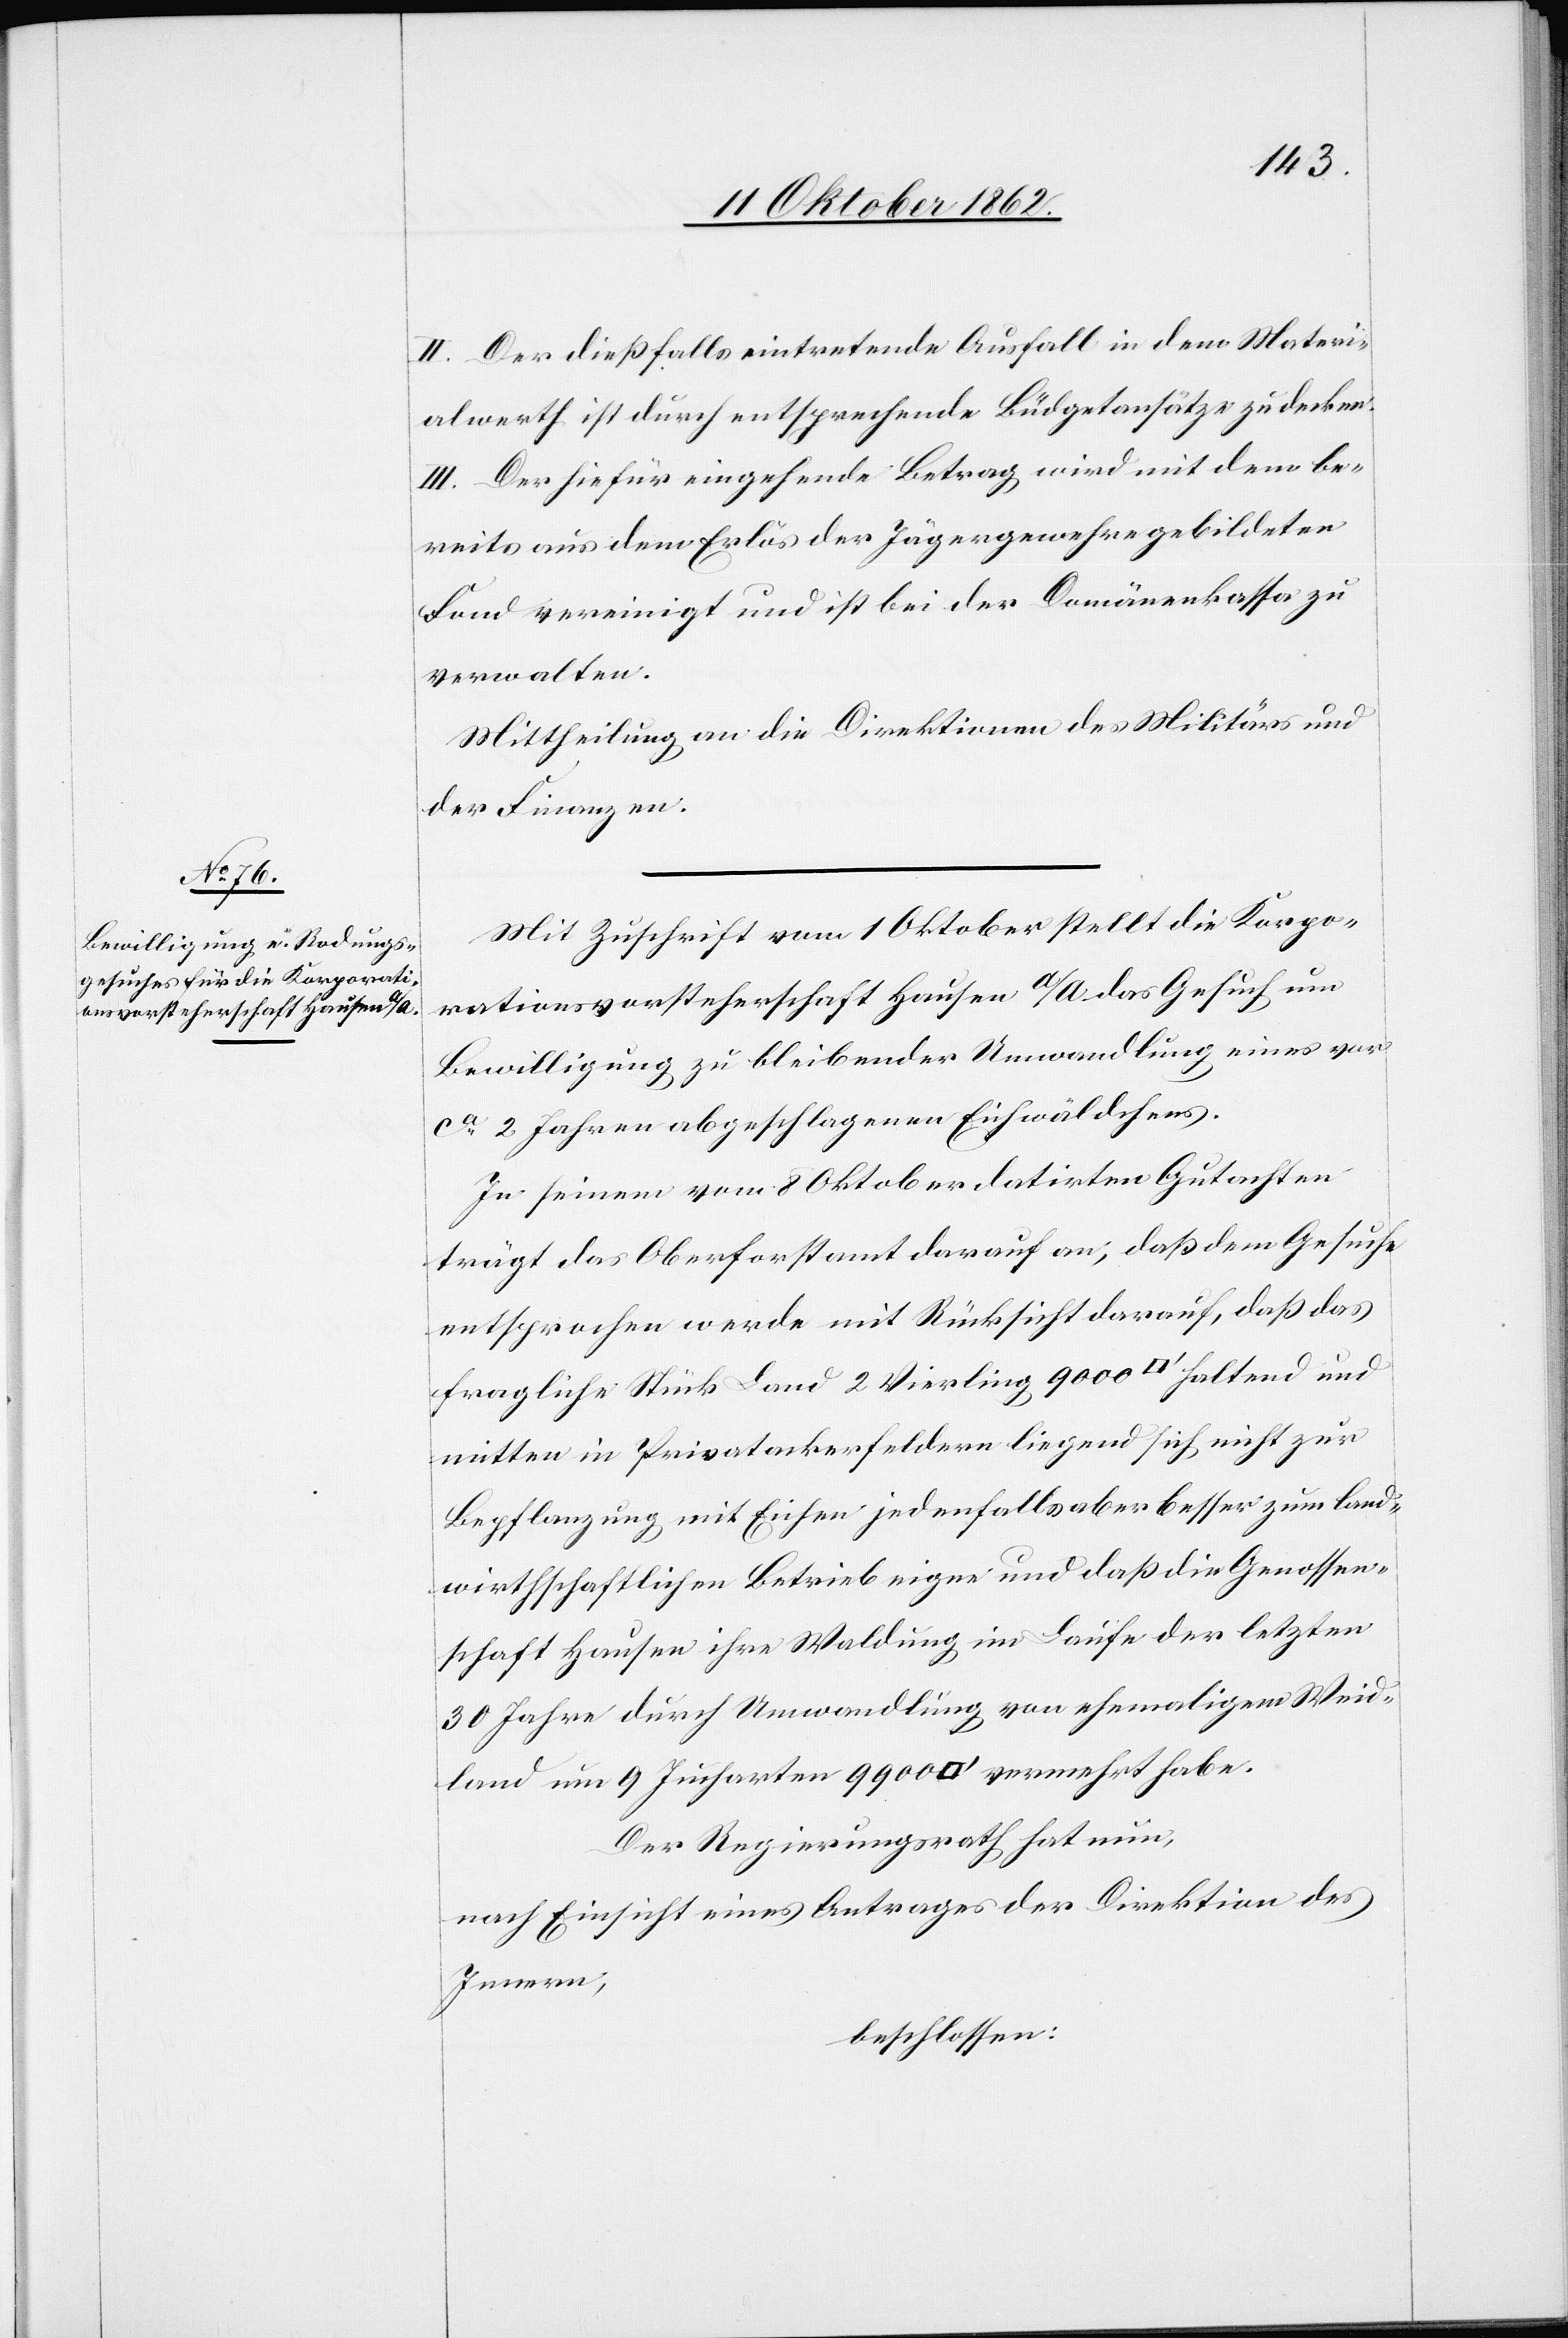
II. Der dießfalls eintretende Ausfall in dem Materi¬
alwerth ist durch entsprechende Büdgetsätze zu decken.
III. Der hiefür eingehende Betrag wird mit dem be¬
reits aus dem Erlös der Jägergewehre gebildeten
Fond vereinigt und ist bei der Domänenkassa zu
verwalten.
Mittheilung an die Direktionen des Militärs und
der Finanzen.
Mit Zuschrift vom 1. Oktober stellt die Korpo¬
rationsvorsteherschaft Hausen a/A. das Gesuch um
Bewilligung zu bleibender Umwandlung eines vor
ca 2 Jahren abgeschlagenen Eichwäldchens.
In seinem vom 8. Oktober datirten Gutachten
trägt das Oberforstamt darauf an, daß dem Gesuche
entsprochen wird mit Rücksicht darauf, daß das
fragliche Stück Land 2 Vierling 9000 [Quadratfuß] haltend und
mitten in Privatackerfeldern liegend sich nicht zur
Bepflanzung mit Eichen jedenfalls aber besser zum land¬
wirthschaftlichen Betrieb eigne und daß die Genossen¬
schaft Hausen ihre Waldung im Laufe der letzten
30 Jahre durch Umwandlung von ehemaligem Weid¬
land um 9 Jucharten 9900 [Quadratfuß] vermehrt habe.
Der Regierungsrath hat nun,
nach Einsicht eines Antrages der Direktion des
Innern,
beschlossen: